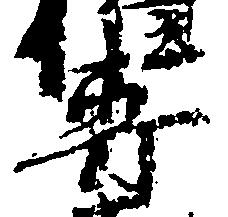
専